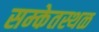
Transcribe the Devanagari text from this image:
सम्केतस्थळ